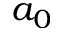
a _ { 0 }